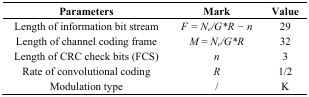
<table><thead><tr><td><b>Parameters</b></td><td><b>Mark</b></td><td><b>Value</b></td></tr></thead><tbody><tr><td>Length of information bit stream</td><td><i>F = N<sub>c</sub>/G*R − n</i></td><td>29</td></tr><tr><td>Length of channel coding frame</td><td><i>M</i> = <i>N<sub>c</sub>/G*R</i></td><td>32</td></tr><tr><td>Length of CRC check bits (FCS)</td><td><i>n</i></td><td>3</td></tr><tr><td>Rate of convolutional coding</td><td><i>R</i></td><td>1/2</td></tr><tr><td>Modulation type</td><td>/</td><td>K</td></tr></tbody></table>